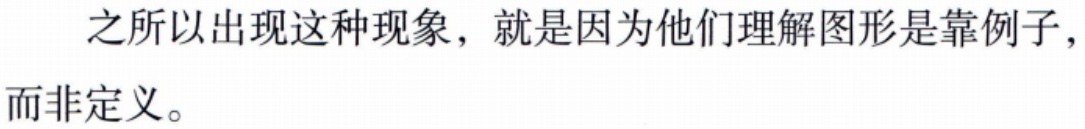
之所以出现这种现象，就是因为他们理解图形是靠例子，而非定义。